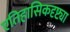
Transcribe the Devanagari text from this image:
एतिहासिकदृष्ट्या